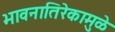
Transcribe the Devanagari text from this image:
भावनातिरेकामुळे